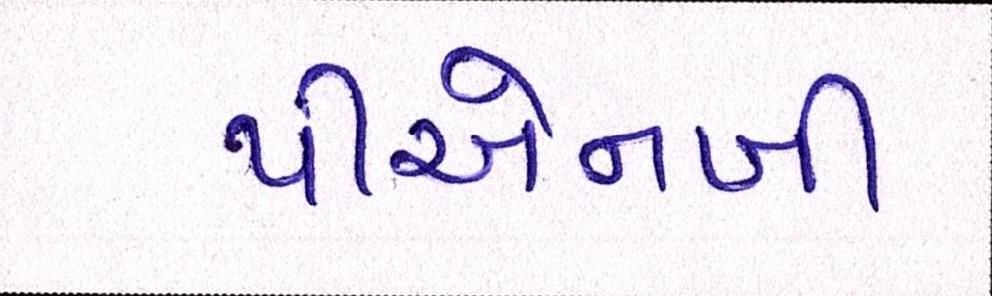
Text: પીએનબી